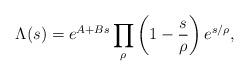
LaTeX: \begin{align*}\Lambda(s)=e^{A+Bs}\prod_\rho \left(1-\frac{s}{\rho} \right)e^{s/\rho},\end{align*}